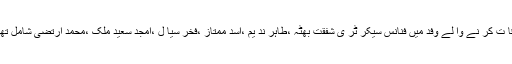
ملاقا ت کر نے وا لے وفد میں فنانس سیکر ٹر ی شفقت بھٹہ ،طاہر ند یم ،اسد ممتاز ،فخر سیا ل ،امجد سعید ملک ،محمد ارتضیٰ شامل تھے ۔